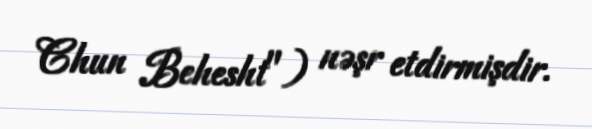
Chun Behesht") nəşr etdirmişdir.